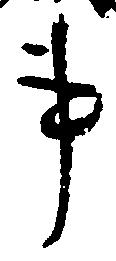
事